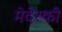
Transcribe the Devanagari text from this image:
मेदेस्की